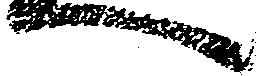
へ